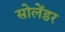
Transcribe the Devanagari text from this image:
सोलेंडर